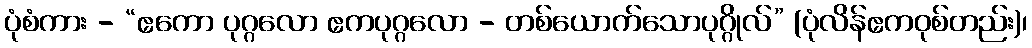
ပုံစံကား - “ဧကော ပုဂ္ဂလော ဧကပုဂ္ဂလော - တစ်ယောက်သောပုဂ္ဂိုလ်” (ပုံလိန်ဧကဝုစ်တည်း)၊